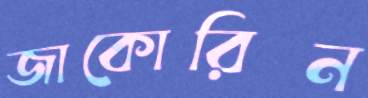
জাকোরিন